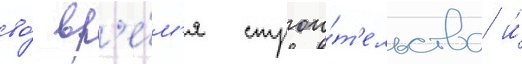
во́ вр'е́м'я строи́т'ельства и́